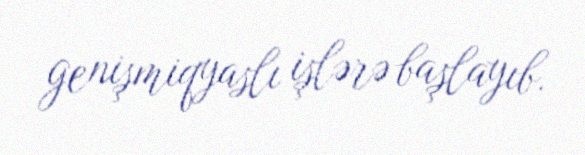
genişmiqyaslı işlərə başlayıb.